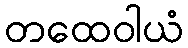
တထေဝါယံ